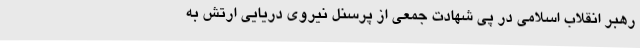
رهبر انقلاب اسلامی در پی شهادت جمعی از پرسنل نیروی دریایی ارتش به